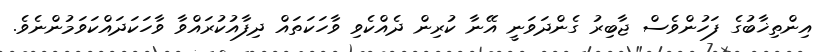
އިންތިޚާބުގެ ފަހުންވެސް ޖާބިރު ގެންދަވަނީ އޭނާ ކުރިން ދެއްކެވި ވާހަކަތައް ދިފާއުކުރައްވާ ވާހަކަދައްކަވަމުންނެވެ.